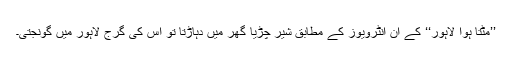
’’مٹتا ہوا لاہور‘‘ کے ان انٹرویوز کے مطابق شیر چڑیا گھر میں دہاڑتا تو اس کی گرج لاہور میں گونجتی۔